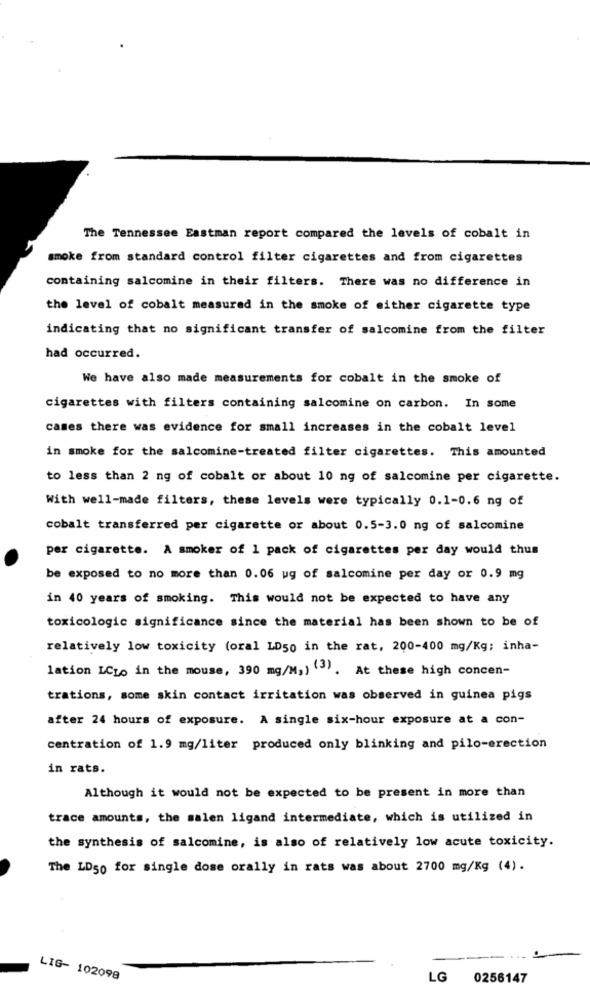
The Tennessee Eastman report compared the levels of cobalt in
smoke from standard control filter cigarettes and from cigarettes
containing salcomine in their filters. There was no difference in
the level of cobalt measured in the smoke of either cigarette type
indicating that no significant transfer of salcomine from the filter
had occurred.
We have also made measurements for cobalt in the smoke of
cigarettes with filters containing salcomine on carbon. In some
cases there was evidence for small increases in the cobalt level
in smoke for the salcomine-treated filter cigarettes. This amounted
to less than 2 ng of cobalt or about 10 ng of salcomine per cigarette.
With well-made filters, these levels were typically 0.1-0.6 ng of
cobalt transferred per cigarette or about 0.5-3.0 ng of salcomine
per cigarette. A smoker of 1 pack of cigarettes per day would thus
be exposed to no more than 0.06 ug of salcomine per day or 0.9 mg
in 40 years of smoking. This would not be expected to have any
toxicologic significance since the material has been shown to be of
relatively low toxicity (oral LD50 in the rat, 200-400 mg/Kg; inha-
lation LCLo in the mouse, 390 mg/M,) """. At these high concen-
trations, some skin contact irritation was observed in guinea pigs
after 24 hours of exposure. A single six-hour exposure at a con-
centration of 1.9 mg/liter produced only blinking and pilo-erection
in rats.
Although it would not be expected to be present in more than
trace amounts, the salen ligand intermediate, which is utilized in
the synthesis of salcomine, is also of relatively low acute toxicity.
The LD50 for single dose orally in rats was about 2700 mg/Kg (4).
LIG- 102098
LG
0256147